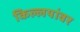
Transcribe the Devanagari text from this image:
किल्लयांवर